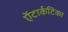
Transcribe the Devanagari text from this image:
ऐंटार्कटिका